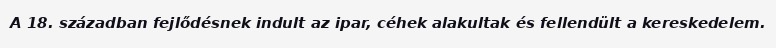
A 18. században fejlődésnek indult az ipar, céhek alakultak és fellendült a kereskedelem.